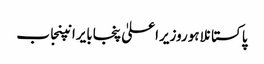
پاکستانلاہوروزیراعلیٰ پنجابایرانپنجاب